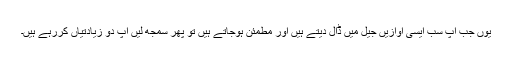
یوں جب آپ سب ایسی آوازیں جیل میں ڈال دیتے ہیں اور مطمئن ہوجاتے ہیں تو پھر سمجھ لیں آپ دو زیادتیاں کررہے ہیں۔